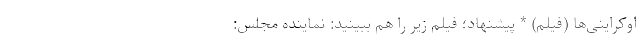
اوکراینی‌ها (فیلم) * پیشنهاد؛ فیلم‌ زیر را هم ببینید: نماینده مجلس: